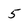
Character: 5